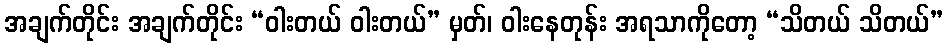
အချက်တိုင်း အချက်တိုင်း “ဝါးတယ် ဝါးတယ်” မှတ်၊ ဝါးနေတုန်း အရသာကိုတော့ “သိတယ် သိတယ်”